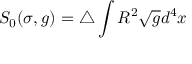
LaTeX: S _ { 0 } ( \sigma , g ) = \triangle \int R ^ { 2 } \sqrt { g } d ^ { 4 } x